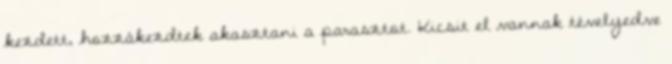
kezdett, hozzákezdtek akasztani a parasztot. Kicsit el vannak tévelyedve